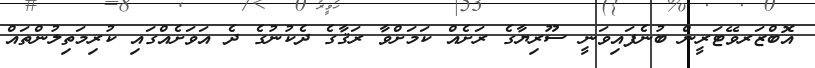
އޮބްޒަރވޭޓަރީން ބުނެފައިވަނީ ސޫރިޔާގެ ރަށެއް ކަމަށްވާ ރަޤާގެ ދެކުނުގެ ދެ އަވަށެއްގައި ކުރިމަތިލުންތައް